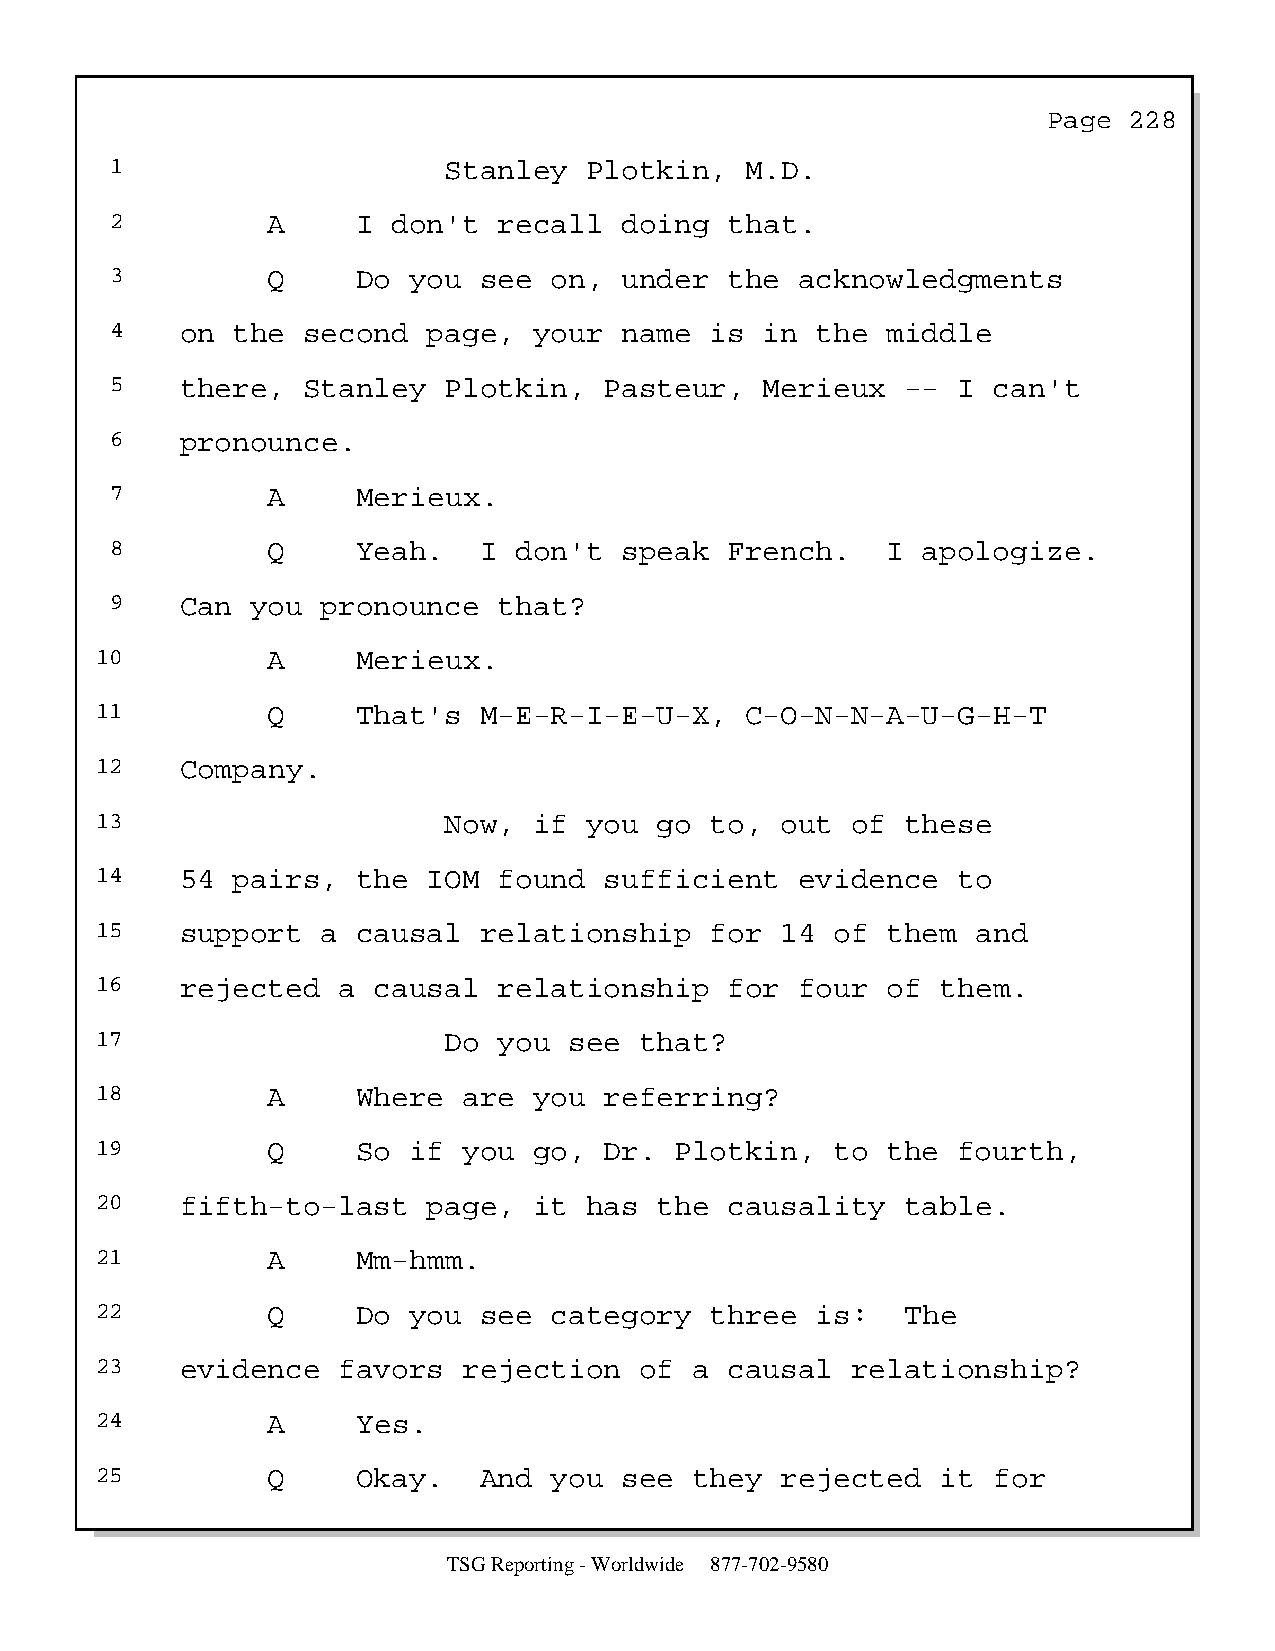
Page  228
 1                     Stanley   Plotkin,  M.D.
 2          A     I don't  recall  doing  that.
 3          Q     Do you  see on,  under  the  acknowledgments
 4    on the  second  page,  your  name  is  in the  middle
 5    there,  Stanley  Plotkin,   Pasteur,   Merieux  -- I  can't
 6    pronounce.
 7          A     Merieux.
 8          Q     Yeah.   I don't  speak  French.    I apologize.
 9    Can  you pronounce   that?
 10          A     Merieux.
 11          Q     That's  M-E-R-I-E-U-X,   C-O-N-N-A-U-G-H-T
 12    Company.
 13                     Now,  if  you  go to,  out of  these
 14    54 pairs,   the IOM  found  sufficient   evidence  to
 15    support  a  causal  relationship   for  14 of  them  and
 16    rejected  a  causal  relationship   for  four  of them.
 17                     Do  you  see that?
 18          A     Where  are you  referring?
 19          Q     So if  you go,  Dr.  Plotkin,  to  the fourth,
 20    fifth-to-last   page,  it  has  the causality   table.
 21          A     Mm-hmm.
 22          Q     Do you  see category   three  is:   The
 23    evidence  favors   rejection  of  a causal  relationship?
 24          A     Yes.
 25          Q     Okay.   And you  see  they  rejected  it  for
 TSG Reporting - Worldwide 877-702-9580